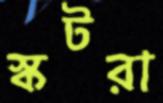
স্কটরা